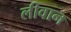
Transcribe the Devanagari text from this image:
लीवान